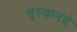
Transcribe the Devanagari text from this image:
भूस्वानंदे